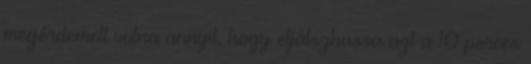
megérdemelt volna annyit, hogy eljátszhassa azt a 10 perces